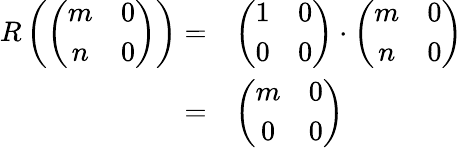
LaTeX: \begin{array}{rl}{R\left(\left(\begin{array}{ccc}{m}&{0}\\ {n}&{0}\end{array}\right)\right)=}&{\left(\begin{array}{ccc}{1}&{0}\\ {0}&{0}\end{array}\right)\cdot\left(\begin{array}{ccc}{m}&{0}\\ {n}&{0}\end{array}\right)}\\ {=}&{\left(\begin{array}{ccc}{m}&{0}\\ {0}&{0}\end{array}\right)}\end{array}